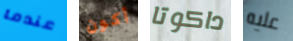
عندما أكون داكوتا عليه